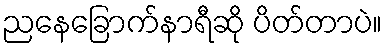
ညနေခြောက်နာရီဆို ပိတ်တာပဲ။